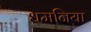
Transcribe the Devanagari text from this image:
धमनिया